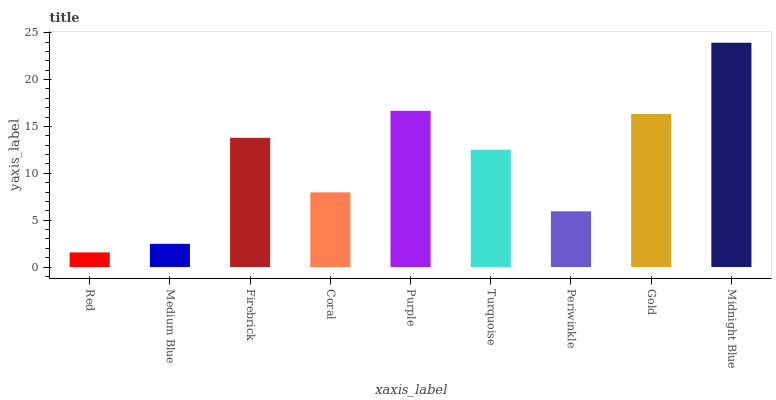
| xaxis_label | bars |
 | --- | --- |
 | Red | 1.56 |
 | Medium Blue | 2.47 |
 | Firebrick | 13.8 |
 | Coral | 7.97 |
 | Purple | 16.7 |
 | Turquoise | 12.5 |
 | Periwinkle | 5.94 |
 | Gold | 16.3 |
 | Midnight Blue | 23.9 |